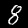
Label: 8